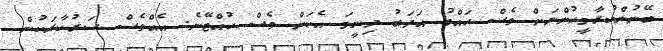
ބޭނުންކުރާމީހުންނަށް ވެސް ހައްގު އަދަބު ދިނީމަ އެކަން ވެސް ހުއްޓޭނެ. އެއްވެސް ސަރުކާރަކުން